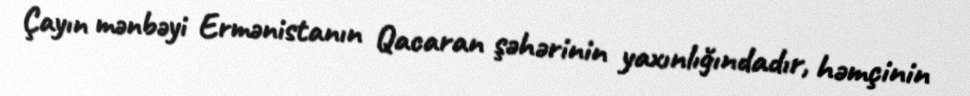
Çayın mənbəyi Ermənistanın Qacaran şəhərinin yaxınlığındadır, həmçinin